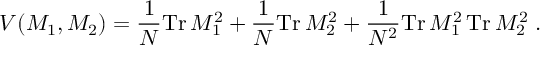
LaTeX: V ( M _ { 1 } , M _ { 2 } ) = \frac { 1 } { N } \mathrm { T r } \, M _ { 1 } ^ { 2 } + \frac { 1 } { N } \mathrm { T r } \, M _ { 2 } ^ { 2 } + \frac { 1 } { N ^ { 2 } } \mathrm { T r } \, M _ { 1 } ^ { 2 } \, \mathrm { T r } \, M _ { 2 } ^ { 2 } \; .